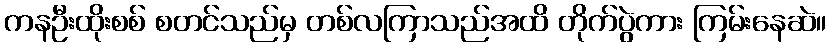
ကနဦးထိုးစစ် စတင်သည်မှ တစ်လကြာသည်အထိ တိုက်ပွဲကား ကြမ်းနေဆဲ။